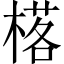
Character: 𱣿